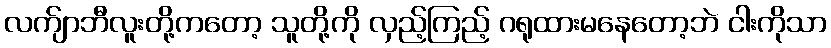
လက်ျာဘီလူးတို့ကတော့ သူတို့ကို လှည့်ကြည့် ဂရုထားမနေတော့ဘဲ ငါးကိုသာ